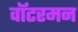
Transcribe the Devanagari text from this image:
वॉटरमन